Leaving Certificate Examination, 1924
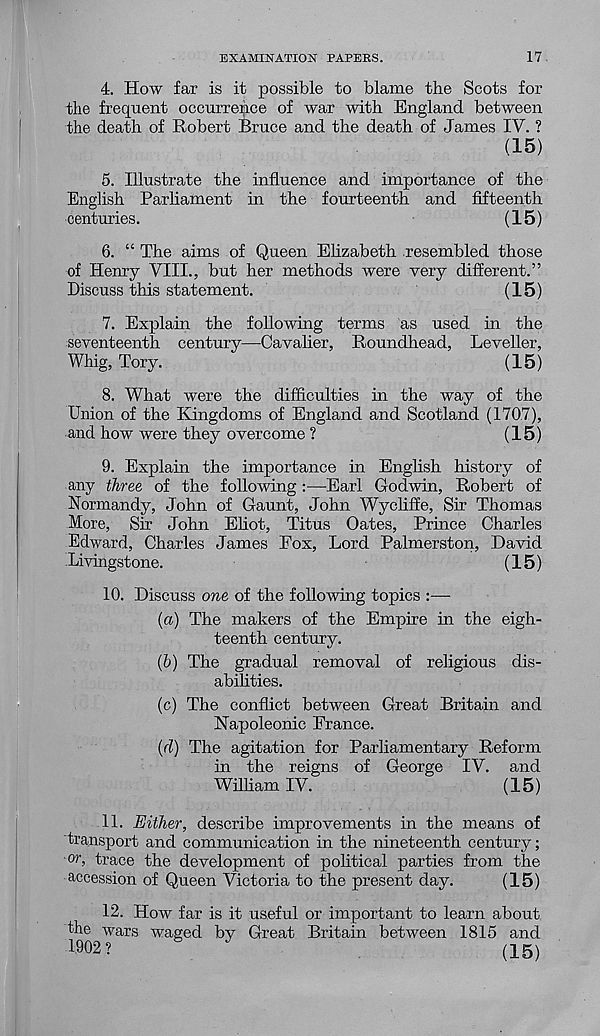
EXAMINATION PAPERS.
17.
4. How far is it possible to blame the Scots for
the frequent occurrence of war with England between
the death of Robert Bruce and the death of James IV. ?
(15)
5. Illustrate the influence and importance of the
English Parliament in the fourteenth and fifteenth
centuries.
(15)
6. “ The aims of Queen Elizabeth resembled those
of Henry VIII., but her methods were very different.”
Discuss this statement.
(15)
7. Explain the following terms as used in the
seventeenth century—Cavalier, Roundhead, Leveller,
Whig, Tory.
(15)
8. What were the difficulties in the way of the
Union of the Kingdoms of England and Scotland (1707),
and how were they overcome ?
(15)
9. Explain the importance in English history of
any three of the following :—Earl Godwin, Robert of
Normandy, John of Gaunt, John Wycliffe, Sir Thomas
More, Sir John Eliot, Titus Oates, Prince Charles
Edward, Charles James Eox, Lord Palmerston, David
Livingstone.
(15)
10. Discuss one of the following topics :—
(а) The makers of the Empire in the eigh-
teenth century.
(б) The gradual removal of religious dis-
abilities.
(c) The conflict between Great Britain and
Napoleonic France.
{(1) The agitation for Parliamentary Reform
in the reigns of George IV. and
William IV.
(15)
11. Either, describe improvements in the means of
transport and communication in the nineteenth century;
or, trace the development of political parties from the
accession of Queen Victoria to the present day.
(15)
12. How far is it useful or important to learn about
the wars waged by Great Britain between 1815 and
1902?
(15)